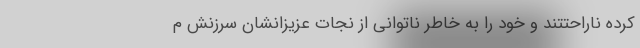
کرده ناراحتتند و خود را به خاطر ناتوانی از نجات عزیزانشان سرزنش م